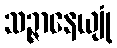
သဉ္ဇာနေယျုံ